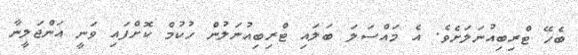
ބެހޭ ޓްރިބިއުނަލަށެވެ. އެ މައްސަލަ ބަލައި ޓްރިބިއުނަލުން ހުކުމް ކޮށްފައި ވަނީ އަންޖަލީނާ